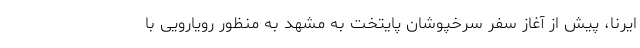
ایرنا، پیش از آغاز سفر سرخپوشان پایتخت به مشهد به منظور رویارویی با